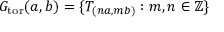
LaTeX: G _ { \mathrm { t o r } } ( a , b ) = \{ T _ { ( n a , m b ) } : m , n \in \mathbb { Z } \}